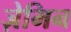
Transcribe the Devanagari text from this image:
ज़ेमिन